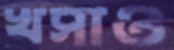
খসাও